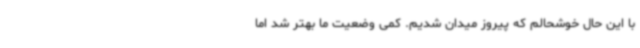
با این حال خوشحالم که پیروز میدان شدیم. کمی وضعیت ما بهتر شد اما